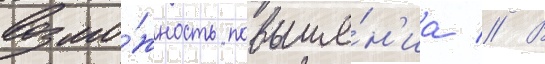
возмо́жность повыше́н'иа // В